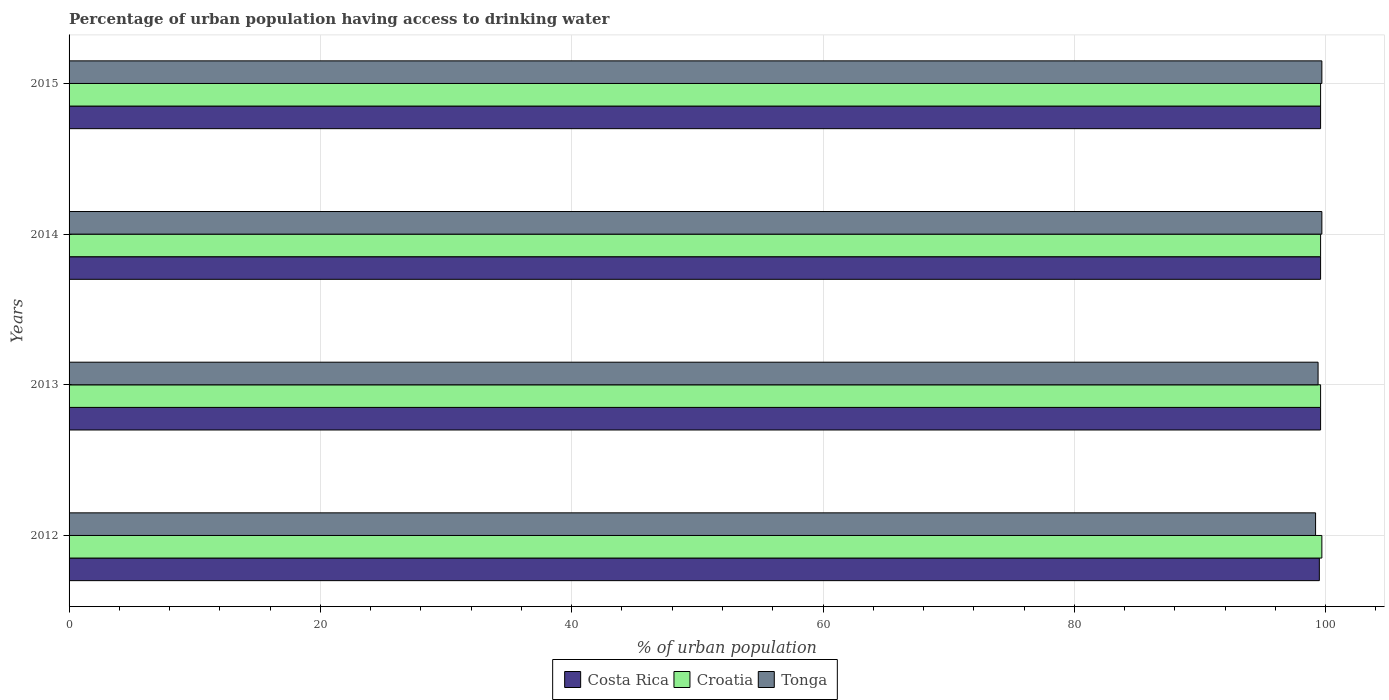
| Years | Costa Rica | Croatia | Tonga |
 | --- | --- | --- | --- |
 | 2012 | 99.5 | 99.7 | 99.2 |
 | 2013 | 99.6 | 99.6 | 99.4 |
 | 2014 | 99.6 | 99.6 | 99.7 |
 | 2015 | 99.6 | 99.6 | 99.7 |